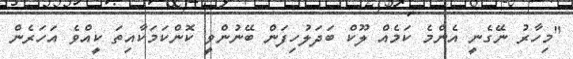
"މިހާރު ނޭގެނީ އެންމެ ކަމެއް ލޫކް ބަދަލުހިފަން ބޭނުންވީ ކޮންކަމަކާއިތަ ކީއްވެ އަހަރެން